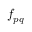
f _ { p q }